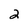
Character: 2